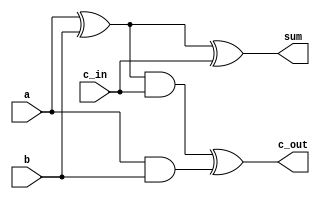




//FA
module fulladd(sum, c_out, a, b, c_in);
 output sum, c_out;
 input a, b, c_in;
 
 wire s1, s2, c1;
 
 xor(s1, a, b);
 and(c1, a, b);
 xor(sum, s1, c_in);
 and(s2, s1, c_in);
 xor(c_out, s2, c1);


endmodule

//HA
module halfadd(sum, c_out, a, b);
 output sum, c_out;
 input a, b;
 
 xor (sum, a, b);
 and (c_out, a, b);

endmodule

//Wallace Tree Multiplier                                                                                             
module multiplier(fin, a, b);

 input [3:0] a;
 input [3:0] b;
 output [7:0] fin;

 reg [3:0] prod0, prod1, prod2, prod3;
 
 
 wire s0, s1, s2, s3, s4, s5, s6, s7, s8, s9, s10, s11;
 wire c0, c1, c2 , c3, c4, c5, c6, c7, c8, c9, c10, c11; 
 

 //  

 always@(*)
   begin
      prod0[3] = a[0]&&b[3];
      prod0[2] = a[0]&&b[2];
      prod0[1] = a[0]&&b[1];
      prod0[0] = a[0]&&b[0];
      prod1[3] = a[1]&&b[3];
      prod1[2] = a[1]&&b[2];
      prod1[1] = a[1]&&b[1];
      prod1[0] = a[1]&&b[0];
      prod2[3] = a[2]&&b[3];
      prod2[2] = a[2]&&b[2];
      prod2[1] = a[2]&&b[1];
      prod2[0] = a[2]&&b[0];
      prod3[3] = a[3]&&b[3];
      prod3[2] = a[3]&&b[2];
      prod3[1] = a[3]&&b[1];
      prod3[0] = a[3]&&b[0];
   
   end
 // wallace tree   
 // (b) - 3bit position
     halfadd ha1(s0, c0, prod1[2], prod0[3]); 
 // (b) - 4bit position
     halfadd ha2(s1, c1, prod2[2], prod1[3]);
 
 // (c) - 2bit position
     halfadd ha3(s2, c2, prod1[1], prod0[2]);
 // (c) - 3bit position0
     fulladd fa1(s3, c3, prod3[0], prod2[1], s0);
 // (c) - 4bit position
     fulladd fa2(s4, c4, prod3[1], c0, s1);
 // (c) - 5bit position
     fulladd fa3(s5, c5, prod3[2], prod2[3], c1);
 
 // (d) - 1bit position
     halfadd ha4(s6, c6, prod1[0], prod0[1]);
 // (d) - 2bit position
     fulladd fa4(s7, c7, prod2[0], s2, c6);
 // (d) - 3bit position
     fulladd fa5(s8, c8, c2, s3, c7);
 // (d) - 4bit position
     fulladd fa6(s9, c9, c3, s4, c8);
 // (d) - 5bit position
     fulladd fa7(s10, c10, c4, s5, c9);
 // (d) - 6bit position
     fulladd fa8(s11, c11, c5, prod3[3], c10);

// 

 assign fin = {c11, s11, s10, s9, s8, s7, s6, prod0[0]};
 
endmodule